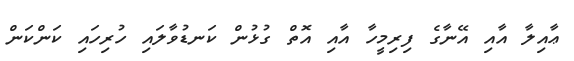
ޢާއިލާ އާއި އޭނާގެ ފިރިމީހާ އާއި އޮތް ގުޅުން ކަނޑުވާލައި ހުރިހައި ކަންކަން